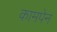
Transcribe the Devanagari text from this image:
कामपेन